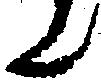
ん